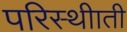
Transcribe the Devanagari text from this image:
परिस्थीाती